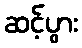
ဆင့်ပွား